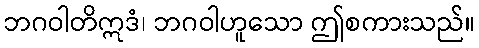
ဘဂဝါတိဣဒံ၊ ဘဂဝါဟူသော ဤစကားသည်။